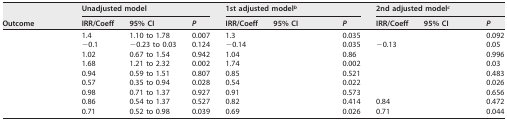
<table><thead><tr><td rowspan="2"><b>Outcome</b></td><td colspan="3"><b>Unadjusted model</b></td><td colspan="3"><b>1st adjusted model<sup>b</sup></b></td><td colspan="3"><b>2nd adjusted model<sup>c</sup></b></td></tr><tr><td><b>IRR/Coeff</b></td><td><b>95% CI</b></td><td><b><i>P</i></b></td><td><b>IRR/Coeff</b></td><td><b>95% CI</b></td><td><b><i>P</i></b></td><td><b>IRR/Coeff</b></td><td><b>95% CI</b></td><td><b><i>P</i></b></td></tr></thead><tbody><tr><td>[EMPTY_CELL]</td><td>1.4</td><td>1.10 to 1.78</td><td>0.007</td><td>1.3</td><td>[EMPTY_CELL]</td><td>0.035</td><td>[EMPTY_CELL]</td><td>[EMPTY_CELL]</td><td>0.092</td></tr><tr><td>[EMPTY_CELL]</td><td>−0.1</td><td>−0.23 to 0.03</td><td>0.124</td><td>−0.14</td><td>[EMPTY_CELL]</td><td>0.035</td><td>−0.13</td><td>[EMPTY_CELL]</td><td>0.05</td></tr><tr><td>[EMPTY_CELL]</td><td>1.02</td><td>0.67 to 1.54</td><td>0.942</td><td>1.04</td><td>[EMPTY_CELL]</td><td>0.86</td><td>[EMPTY_CELL]</td><td>[EMPTY_CELL]</td><td>0.996</td></tr><tr><td>[EMPTY_CELL]</td><td>1.68</td><td>1.21 to 2.32</td><td>0.002</td><td>1.74</td><td>[EMPTY_CELL]</td><td>0.002</td><td>[EMPTY_CELL]</td><td>[EMPTY_CELL]</td><td>0.03</td></tr><tr><td>[EMPTY_CELL]</td><td>0.94</td><td>0.59 to 1.51</td><td>0.807</td><td>0.85</td><td>[EMPTY_CELL]</td><td>0.521</td><td>[EMPTY_CELL]</td><td>[EMPTY_CELL]</td><td>0.483</td></tr><tr><td>[EMPTY_CELL]</td><td>0.57</td><td>0.35 to 0.94</td><td>0.028</td><td>0.54</td><td>[EMPTY_CELL]</td><td>0.022</td><td>[EMPTY_CELL]</td><td>[EMPTY_CELL]</td><td>0.026</td></tr><tr><td>[EMPTY_CELL]</td><td>0.98</td><td>0.71 to 1.37</td><td>0.927</td><td>0.91</td><td>[EMPTY_CELL]</td><td>0.573</td><td>[EMPTY_CELL]</td><td>[EMPTY_CELL]</td><td>0.656</td></tr><tr><td>[EMPTY_CELL]</td><td>0.86</td><td>0.54 to 1.37</td><td>0.527</td><td>0.82</td><td>[EMPTY_CELL]</td><td>0.414</td><td>0.84</td><td>[EMPTY_CELL]</td><td>0.472</td></tr><tr><td>[EMPTY_CELL]</td><td>0.71</td><td>0.52 to 0.98</td><td>0.039</td><td>0.69</td><td>[EMPTY_CELL]</td><td>0.026</td><td>0.71</td><td>[EMPTY_CELL]</td><td>0.044</td></tr></tbody></table>